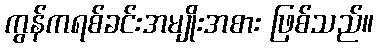
ကွန်ကရစ်ခင်းအမျိုးအစား ဖြစ်သည်။